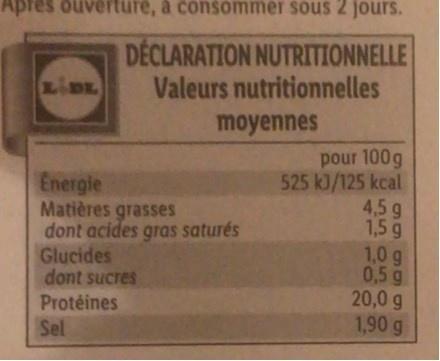
Apfes
ouverture, a consommer sous 2 jours.
DÉCLARATION NUTRITIONNELLE Valeurs nutritionnelles
LDE.
moyennes
Energie Matières grasses dont acides gras saturés Glucides dont sucres
pour 100g 525 kJ/125 kcal 4,5 g 1,5 g 1,0 g 0,5 g 20,0 g 1,90 g
Protéines
Sel